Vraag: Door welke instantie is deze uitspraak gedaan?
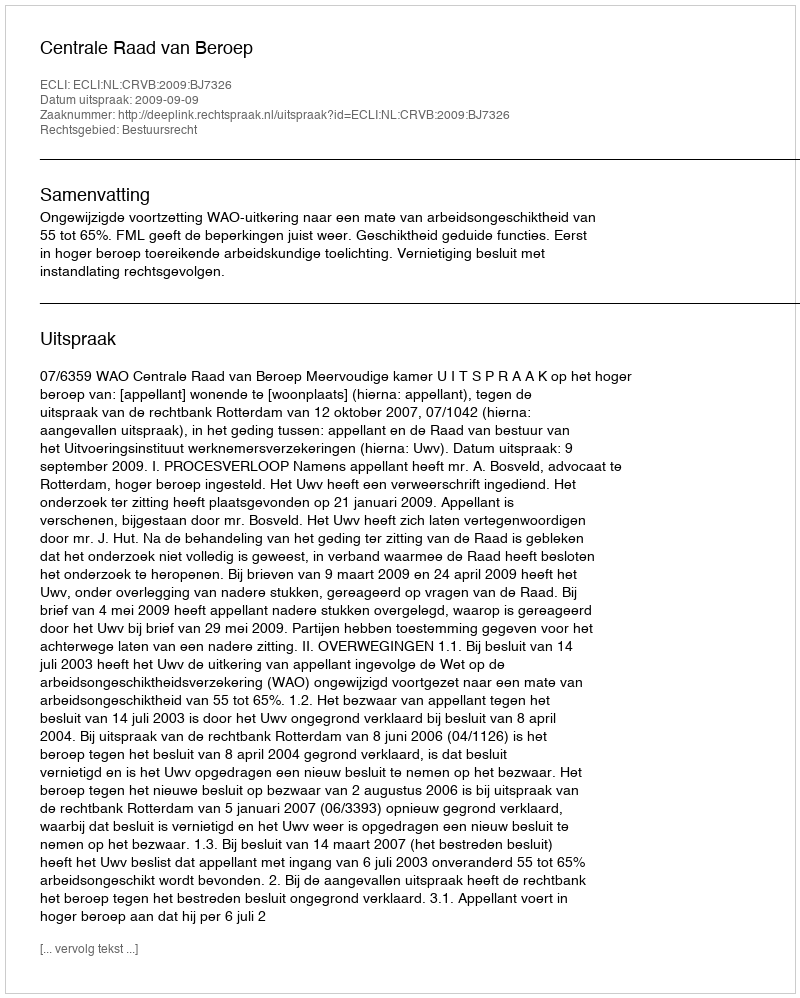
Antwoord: Centrale Raad van Beroep